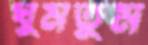
ঘুমতুম